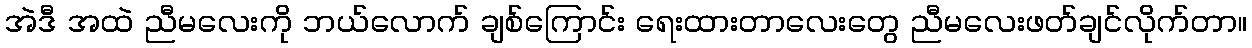
အဲဒီ အထဲ ညီမလေးကို ဘယ်လောက် ချစ်ကြောင်း ရေးထားတာလေးတွေ ညီမလေးဖတ်ချင်လိုက်တာ။